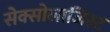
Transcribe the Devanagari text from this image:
सेक्सोलाजिस्ट